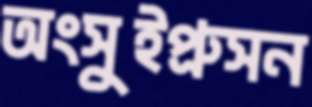
অংসুইপ্রুসন